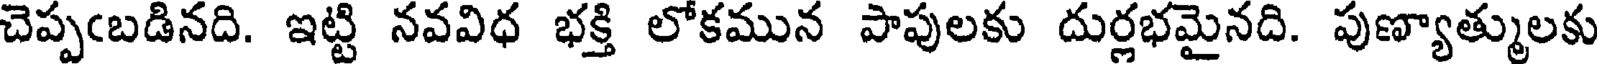
చెప్పఁబడినది. ఇట్టి నవవిధ భక్తి లోకమున పాపులకు దుర్లభమైనది. పుణ్యాత్ములకు